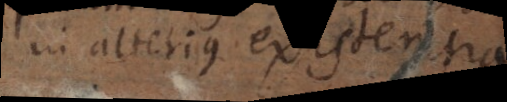
in alterius existentia